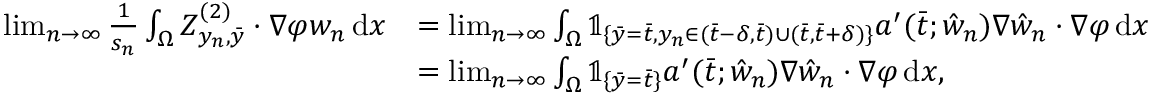
\begin{array} { r l } { \operatorname* { l i m } _ { n \to \infty } \frac { 1 } { s _ { n } } \int _ { \Omega } Z _ { y _ { n } , \bar { y } } ^ { ( 2 ) } \cdot \nabla \varphi w _ { n } \, \mathrm { d } x } & { = \operatorname* { l i m } _ { n \to \infty } \int _ { \Omega } \mathbb { 1 } _ { \{ \bar { y } = \bar { t } , y _ { n } \in ( \bar { t } - \delta , \bar { t } ) \cup ( \bar { t } , \bar { t } + \delta ) \} } a ^ { \prime } ( \bar { t } ; \hat { w } _ { n } ) \nabla \hat { w } _ { n } \cdot \nabla \varphi \, \mathrm { d } x } \\ & { = \operatorname* { l i m } _ { n \to \infty } \int _ { \Omega } \mathbb { 1 } _ { \{ \bar { y } = \bar { t } \} } a ^ { \prime } ( \bar { t } ; \hat { w } _ { n } ) \nabla \hat { w } _ { n } \cdot \nabla \varphi \, \mathrm { d } x , } \end{array}